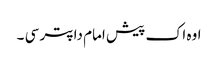
اوہ اک پیش امام دا پتر سی ۔